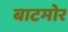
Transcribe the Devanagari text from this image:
बाटमोर